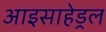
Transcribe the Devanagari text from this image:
आइसाहेड्रल